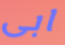
ابى